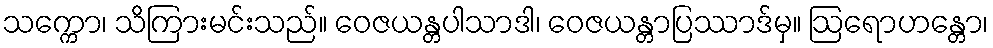
သက္ကော၊ သိကြားမင်းသည်။ ဝေဇယန္တပါသာဒါ၊ ဝေဇယန္တာပြဿာဒ်မှ။ ဩရောဟန္တော၊